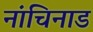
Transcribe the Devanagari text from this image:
नांचिनाड